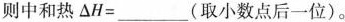
则中和热$$\triangle H=___$$(取小数点后一位)。